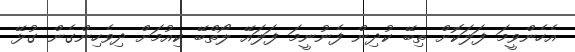
އެހެންވީމަ ފަލަކޮށް ތިބޭ ކުދިން ފެނުނީމަ ފަލައޭ ލޯތްބޭ ކިއުމަށް ދިވެހިންގެން ގުޅޭ